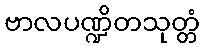
ဗာလပဏ္ဍိတသုတ္တံ